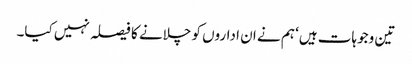
تین وجوہات ہیں‘ ہم نے ان اداروں کو چلانے کا فیصلہ نہیں کیا۔